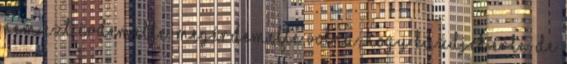
nem ezt érdemelte. Megérdemelte volna, hogy küzdjek érte, de